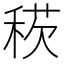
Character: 𥟕